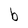
Character: b